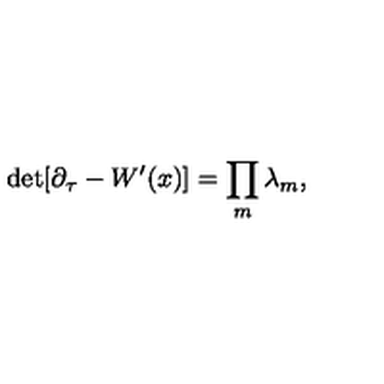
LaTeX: \mathrm { { d e t } } [ \partial _ { \tau } - W ^ { \prime } ( x ) ] = \prod _ { m } \lambda _ { m } ,